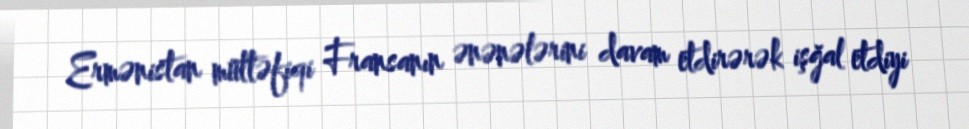
Ermənistan müttəfiqi Fransanın ənənələrini davam etdirərək işğal etdiyi